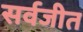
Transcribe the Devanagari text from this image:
सर्वजीत